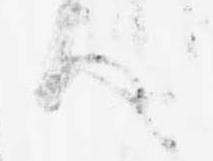
ハ